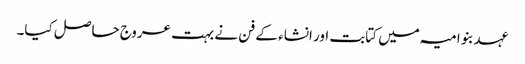
عہد بنو امیہ میں کتابت اور انشاء کے فن نے بہت عروج حاصل کیا۔